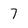
Character: 7